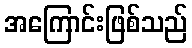
အကြောင်းဖြစ်သည်